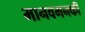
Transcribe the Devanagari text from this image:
मानवमनकी